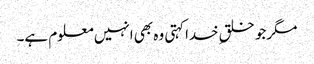
مگرجو خلقِ خداکہتی وہ بھی انہیں معلوم ہے۔